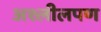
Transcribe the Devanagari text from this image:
अश्लीलपण